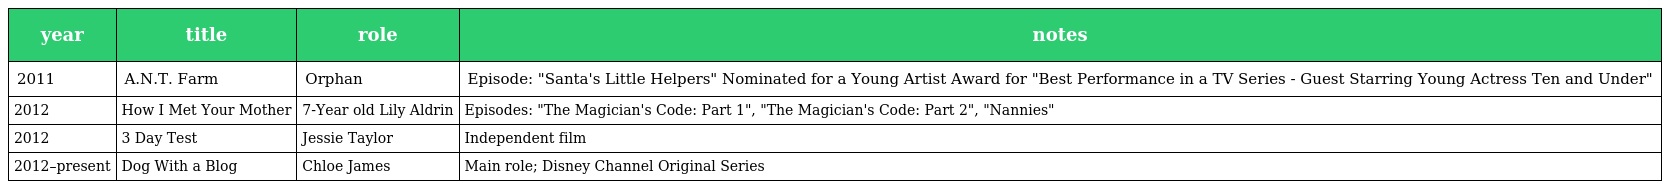
| year | title | role | notes |
 | --- | --- | --- | --- |
 | 2011 | A.N.T. Farm | Orphan | Episode: "Santa's Little Helpers" Nominated for a Young Artist Award for "Best Performance in a TV Series - Guest Starring Young Actress Ten and Under" |
 | 2012 | How I Met Your Mother | 7-Year old Lily Aldrin | Episodes: "The Magician's Code: Part 1", "The Magician's Code: Part 2", "Nannies" |
 | 2012 | 3 Day Test | Jessie Taylor | Independent film |
 | 2012–present | Dog With a Blog | Chloe James | Main role; Disney Channel Original Series |